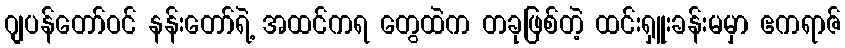
ဂျပန်တော်ဝင် နန်းတော်ရဲ့ အထင်ကရ တွေထဲက တခုဖြစ်တဲ့ ထင်းရှူးခန်းမမှာ ဧကရာဇ်